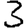
Digit: 3